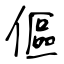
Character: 傴